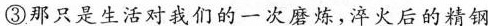
③那只是生活对我们的一次磨炼，淬火后的精钢